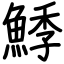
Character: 鯚